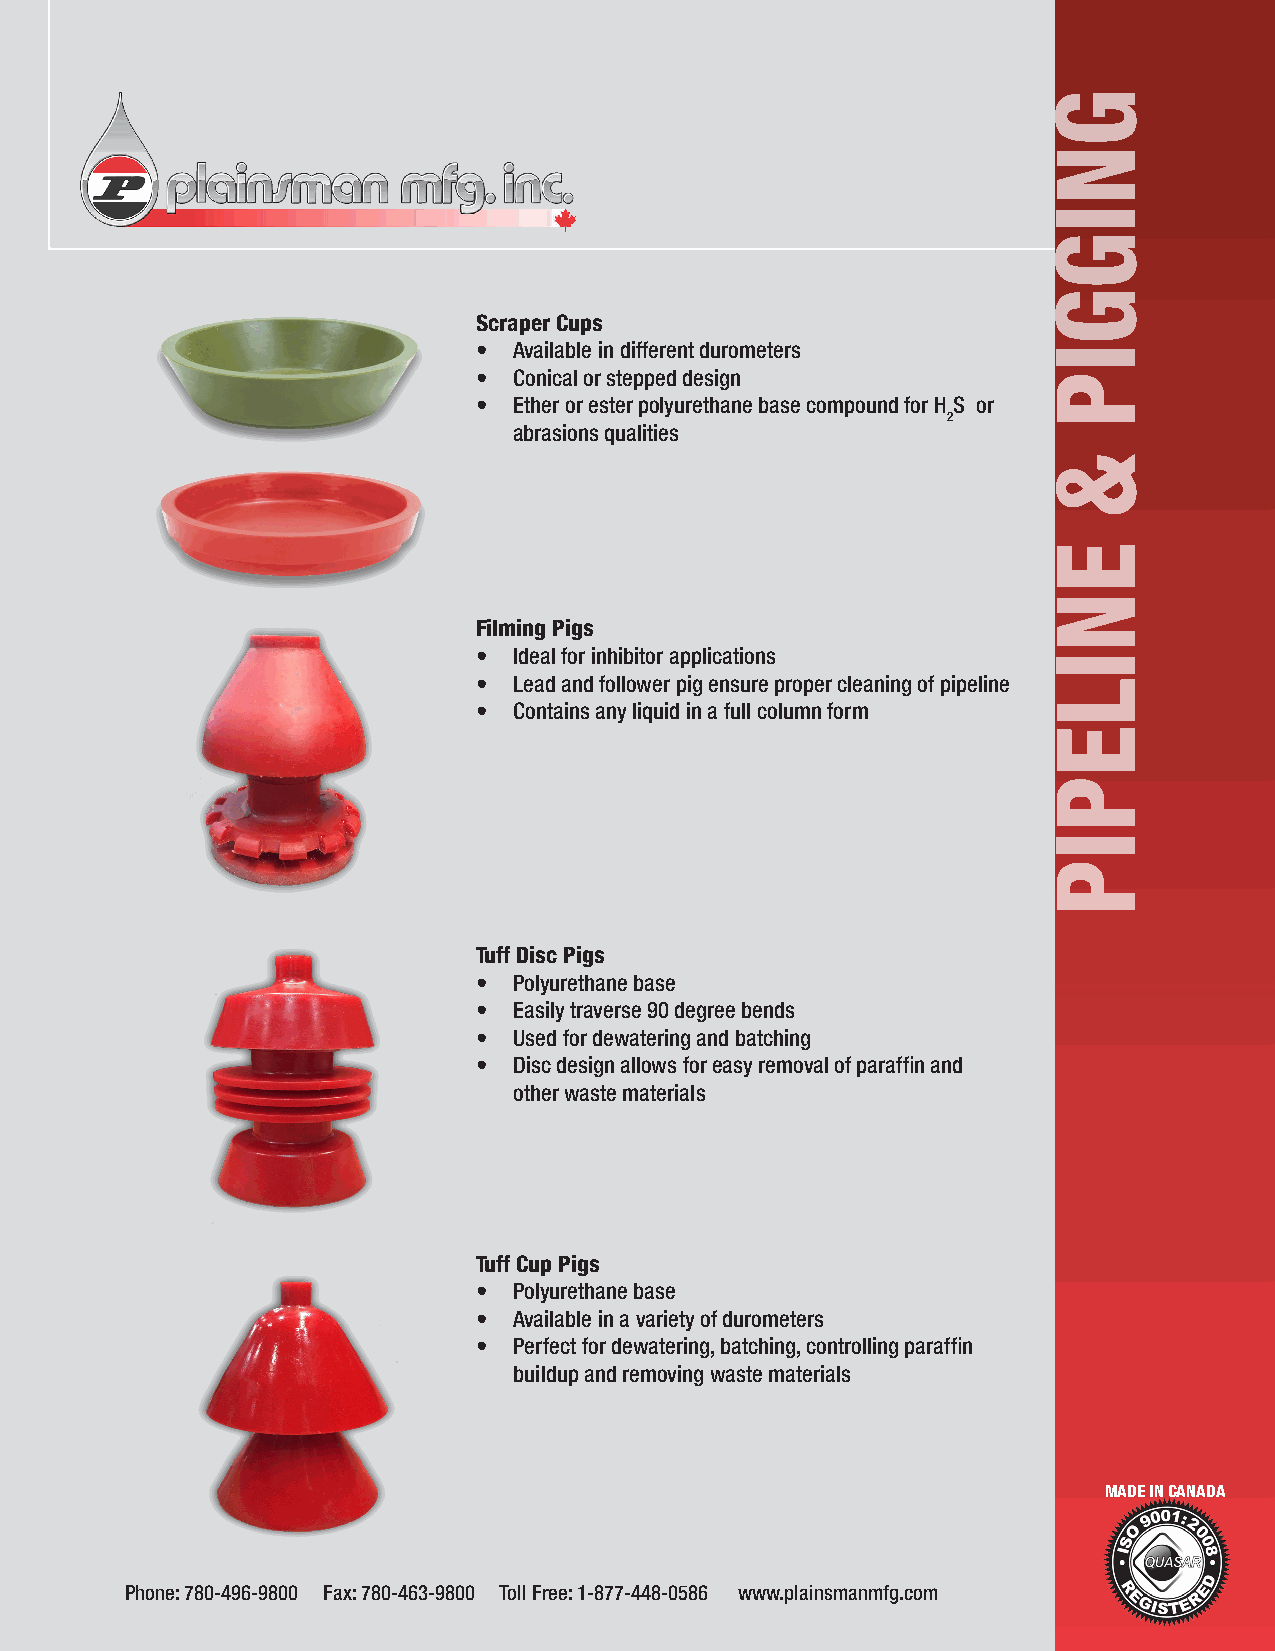
Scraper Cups
 • Available in different durometers
 • Conical or stepped design
 • Ether or ester polyurethane base compound for H S or
 2
 abrasions qualities
 Filming Pigs
 • Ideal for inhibitor applications
 • Lead and follower pig ensure proper cleaning of pipeline
 • Contains any liquid in a full column form
 Tuff Disc Pigs
 • Polyurethane base
 • Easily traverse 90 degree bends
 • Used for dewatering and batching
 • Disc design allows for easy removal of paraffin and
 other waste materials
 Tuff Cup Pigs
 • Polyurethane base
 • Available in a variety of durometers
 • Perfect for dewatering, batching, controlling paraffin
 buildup and removing waste materials
 MADE IN CANADA
 Phone: 780-496-9800 Fax: 780-463-9800 Toll Free: 1-877-448-0586 www.plainsmanmfg.com
 GNIGGIP
 &
 ENILEPIP